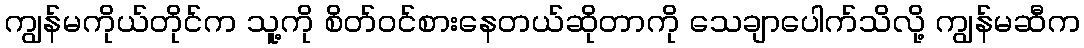
ကျွန်မကိုယ်တိုင်က သူ့ကို စိတ်ဝင်စားနေတယ်ဆိုတာကို သေချာပေါက်သိလို့ ကျွန်မဆီက